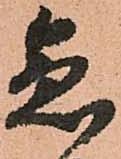
急